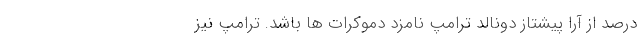
درصد از آرا پیشتاز دونالد ترامپ نامزد دموکرات ها باشد. ترامپ نیز